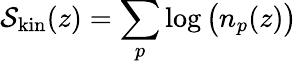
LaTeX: {\cal S}_{\mathrm{kin}}(z)=\sum_{p}\log\big(n_{p}(z)\big)